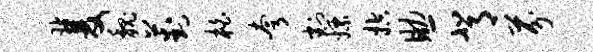
双魏葑柏夸割嫖控助背芬